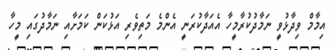
އިމާމް ވިދާޅުވީ ނަމާދުކުރާމީހާ އެއަދާކުރަނީ އެންމެ މަތިވެރި އަޅުކަން ކަމަށާއި ނަމާދުގައި މީހާ